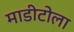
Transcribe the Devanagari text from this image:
माडीटोला